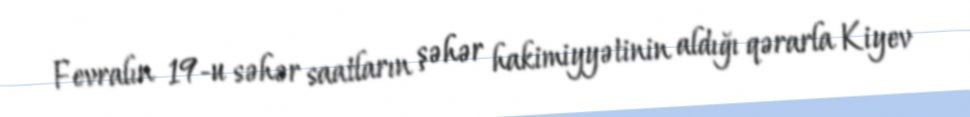
Fevralın 19-u səhər saatların şəhər hakimiyyətinin aldığı qərarla Kiyev